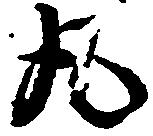
丸